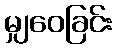
မျှဝေခြင်း